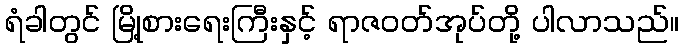
ရံခါတွင် မြို့စားရေးကြီးနှင့် ရာဇဝတ်အုပ်တို့ ပါလာသည်။